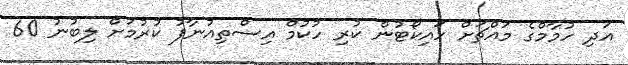
އަދި ހުމާމްގެ މައްޗަށް ހައިކޯޓުން ކުރި ހުކުމް އިސްތިއުނާފު ކުރުމަށް ލިބުނު 60